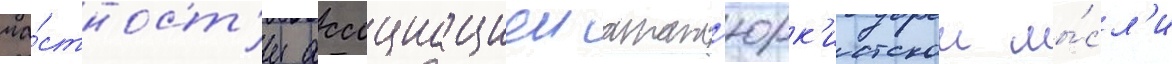
ча́стност'и ассоциациеи атат'юрк'истскои мы́сл'и